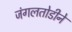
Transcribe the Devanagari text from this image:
जंगलतोडीने